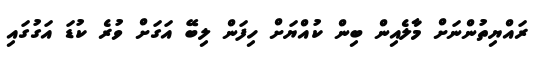
ރައްޔިތުންނަށް މާލެއިން ބިން ކުއްޔަށް ހިފަން ލިބޭ އަގަށް ވުރެ ކުޑަ އަގުގައި